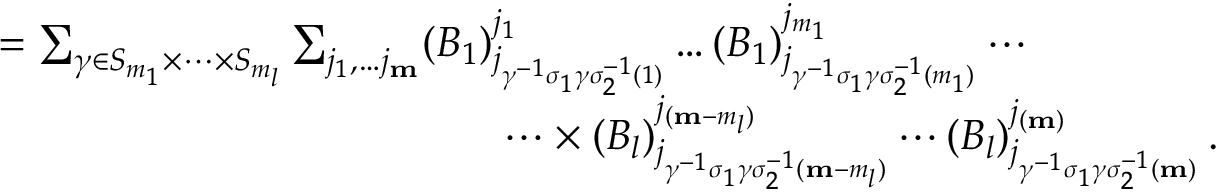
\begin{array} { r l } { } & { = \sum _ { \gamma \in S _ { m _ { 1 } } \times \dots \times S _ { m _ { l } } } \sum _ { j _ { 1 } , \dots j _ { \mathbf { m } } } ( B _ { 1 } ) _ { j _ { \gamma ^ { - 1 } \sigma _ { 1 } \gamma \sigma _ { 2 } ^ { - 1 } ( 1 ) } } ^ { j _ { 1 } } \dots ( B _ { 1 } ) _ { j _ { \gamma ^ { - 1 } \sigma _ { 1 } \gamma \sigma _ { 2 } ^ { - 1 } ( m _ { 1 } ) } } ^ { j _ { m _ { 1 } } } \cdots } \\ { } & { \qquad \qquad \qquad \qquad \qquad \qquad \cdots \times ( B _ { l } ) _ { j _ { \gamma ^ { - 1 } \sigma _ { 1 } \gamma \sigma _ { 2 } ^ { - 1 } ( \mathbf { m } - m _ { l } ) } } ^ { j _ { ( \mathbf { m } - m _ { l } ) } } \cdots ( B _ { l } ) _ { j _ { \gamma ^ { - 1 } \sigma _ { 1 } \gamma \sigma _ { 2 } ^ { - 1 } ( \mathbf { m } ) } } ^ { j _ { ( \mathbf { m } ) } } \, . } \end{array}